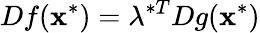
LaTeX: Df(\mathbf{x}^{*})=\lambda^{*T}Dg(\mathbf{x}^{*})